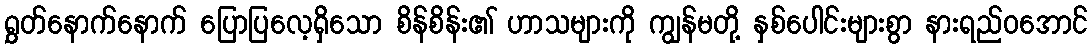
ရွှတ်နောက်နောက် ပြောပြလေ့ရှိသော စိန်စိန်း၏ ဟာသများကို ကျွန်မတို့ နှစ်ပေါင်းများစွာ နားရည်ဝအောင်